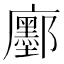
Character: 𢌅